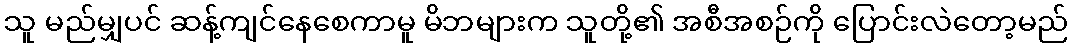
သူ မည်မျှပင် ဆန့်ကျင်နေစေကာမူ မိဘများက သူတို့၏ အစီအစဉ်ကို ပြောင်းလဲတော့မည်